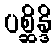
ပစ္ဆိန္ဒိ